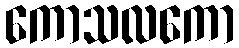
ကောသလကော